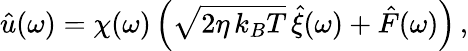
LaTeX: \hat{u}(\omega)=\chi(\omega)\left(\sqrt{2\eta\, k_{B}T}\, \hat{\xi}(\omega)+\hat{F}(\omega)\right)\, ,